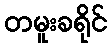
တမူးခရိုင်